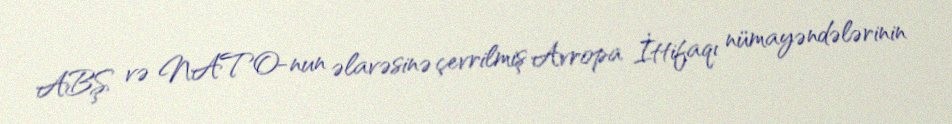
ABŞ və NATO-nun əlavəsinə çevrilmiş Avropa İttifaqı nümayəndələrinin